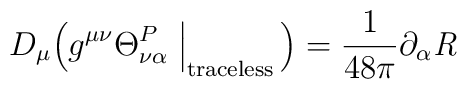
D_\mu \Bigl( g^{\mu\nu} \Theta^P_{\nu\alpha}           \Bigm|_{\raisebox{-.2ex}{$\scriptstyle\rm traceless$}} \, \Bigr)           = \frac{1}{48\pi} \partial_\alpha {\it R}